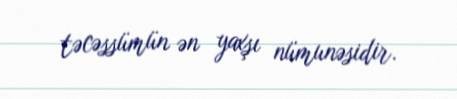
təcəssümün ən yaxşı nümunəsidir.